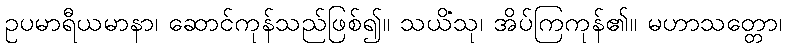
ဥပမာရီယမာနာ၊ ဆောင်ကုန်သည်ဖြစ်၍။ သယိံသု၊ အိပ်ကြကုန်၏။ မဟာသတ္တော၊